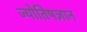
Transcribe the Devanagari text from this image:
ज्योतिषज्ञान